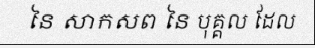
នៃ សាកសព នៃ បុគ្គល ដែល